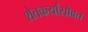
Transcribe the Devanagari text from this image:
शेतकर्यांसोबत